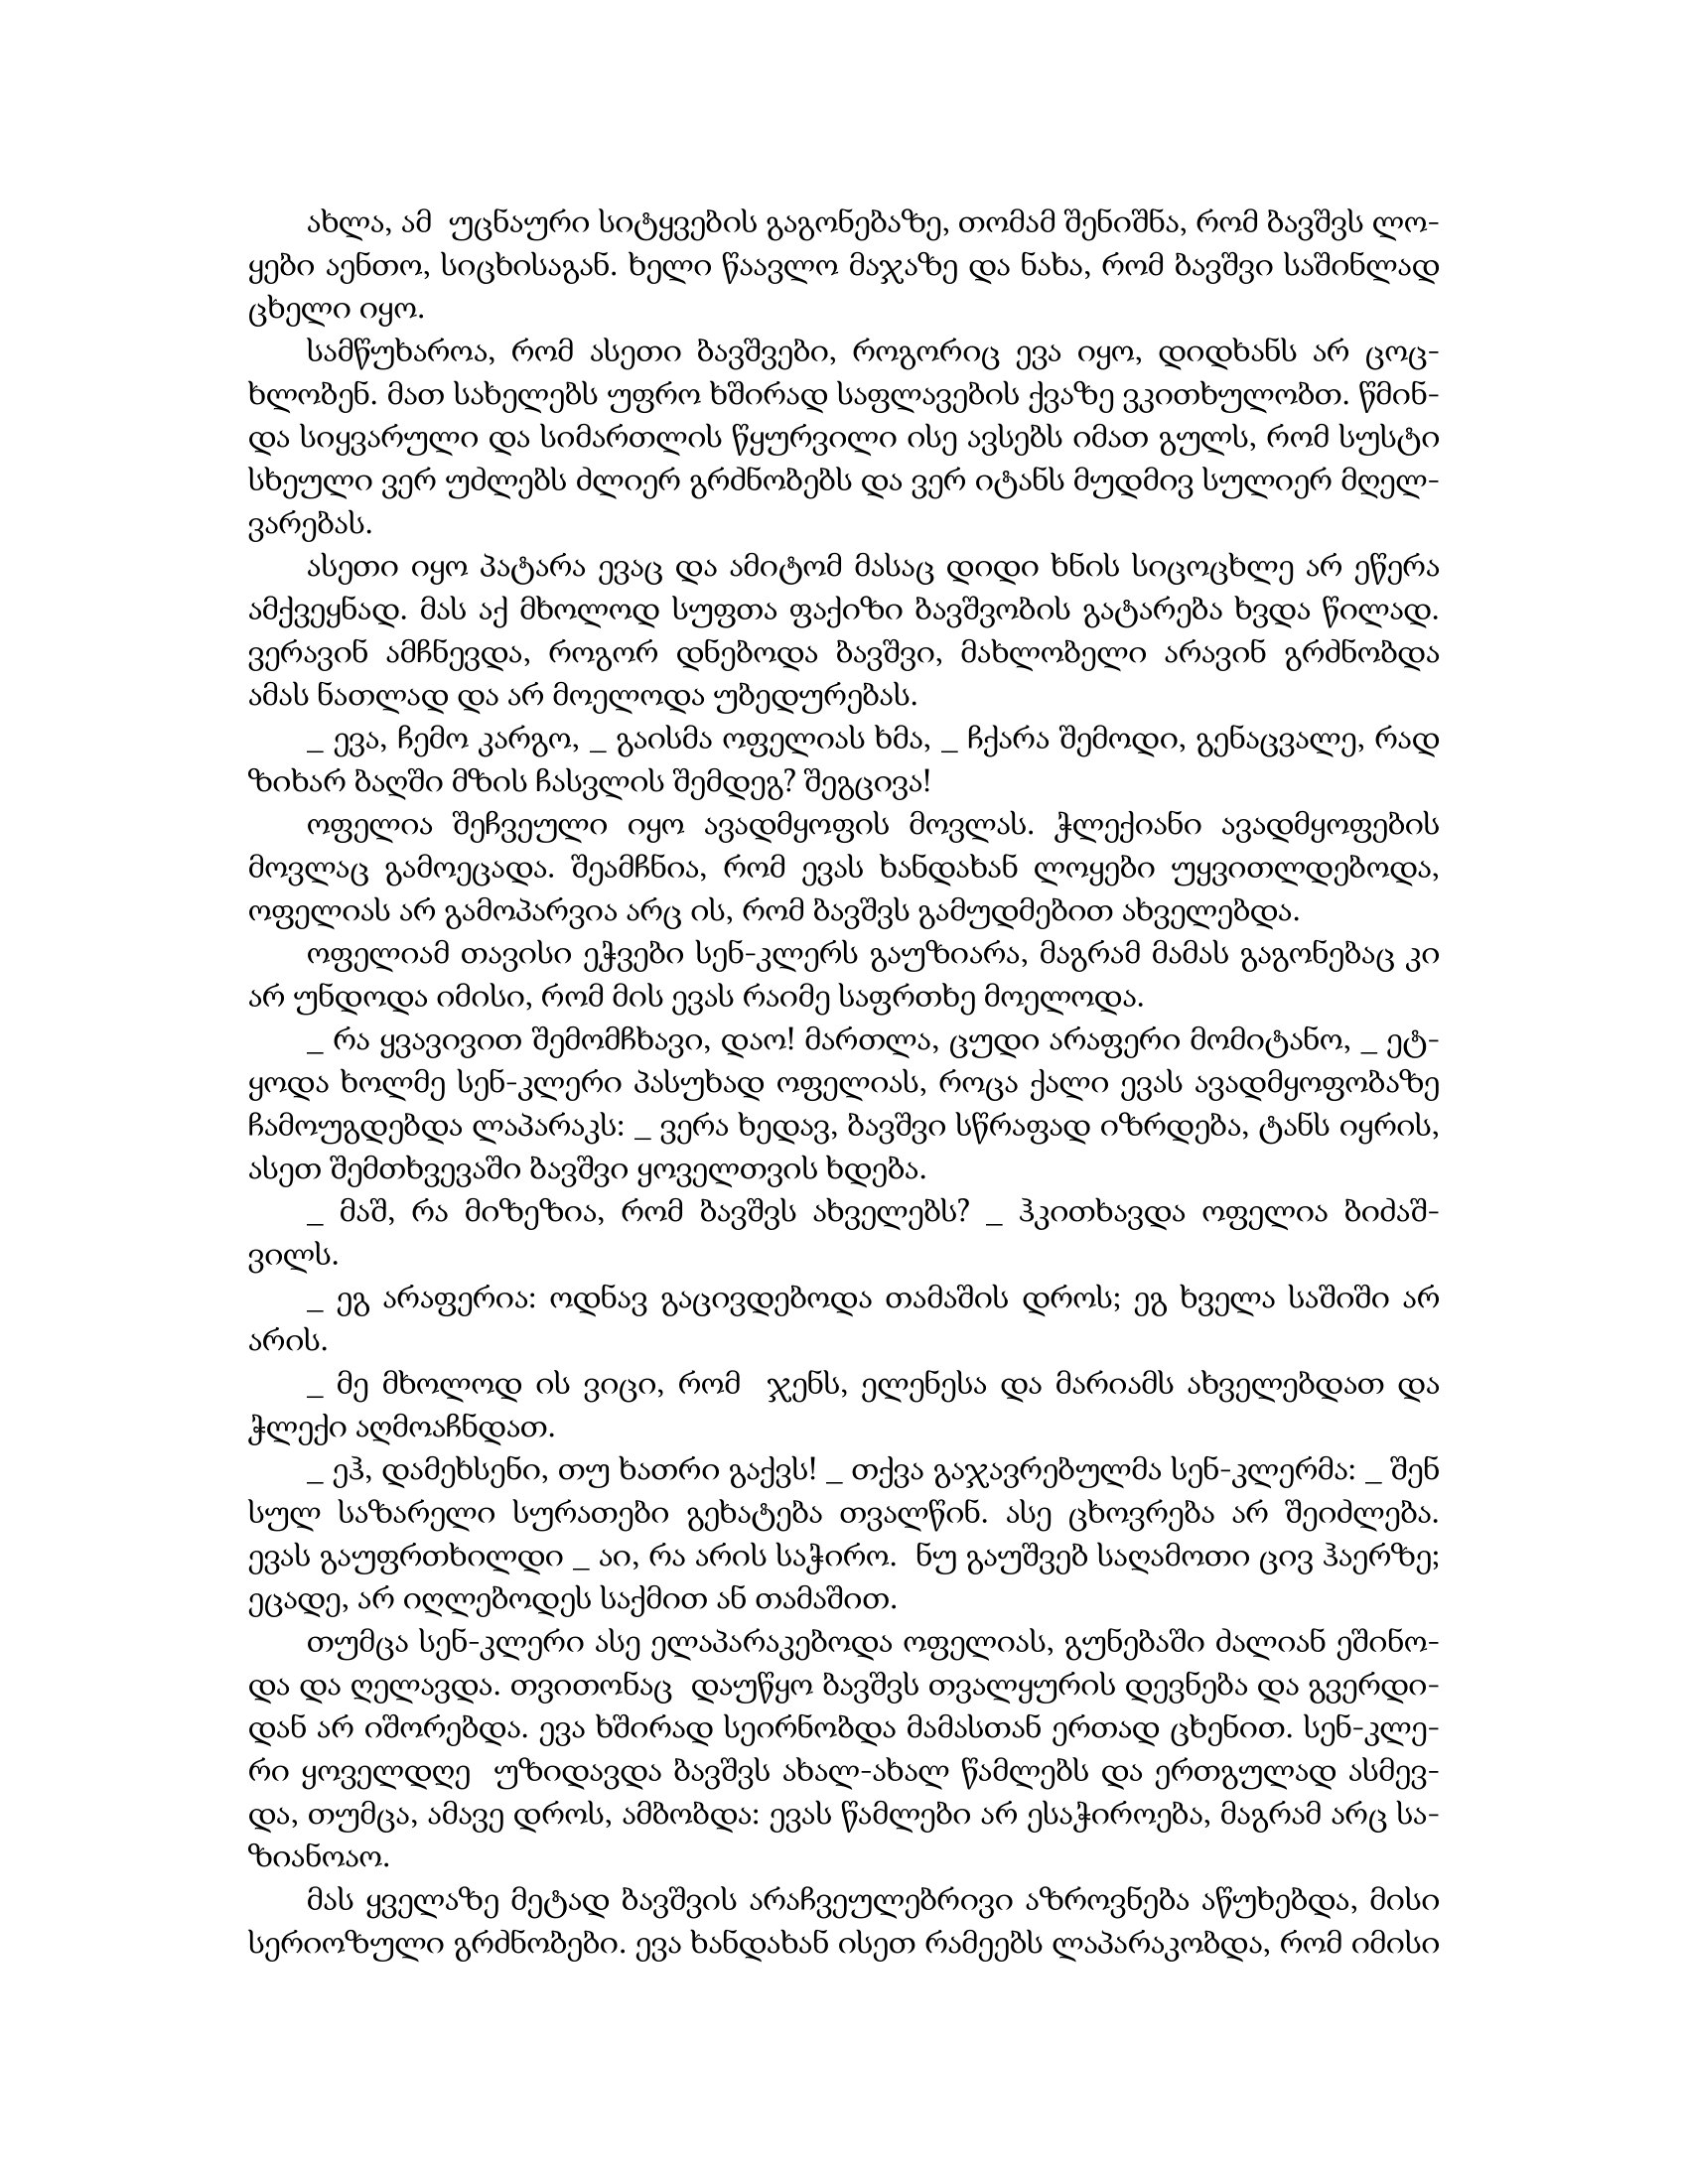
Language: gr